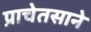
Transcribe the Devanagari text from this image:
प्राचेतसाने